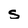
Character: s